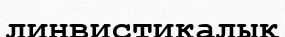
линвистикалық